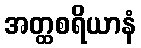
အတ္ထစရိယာနံ